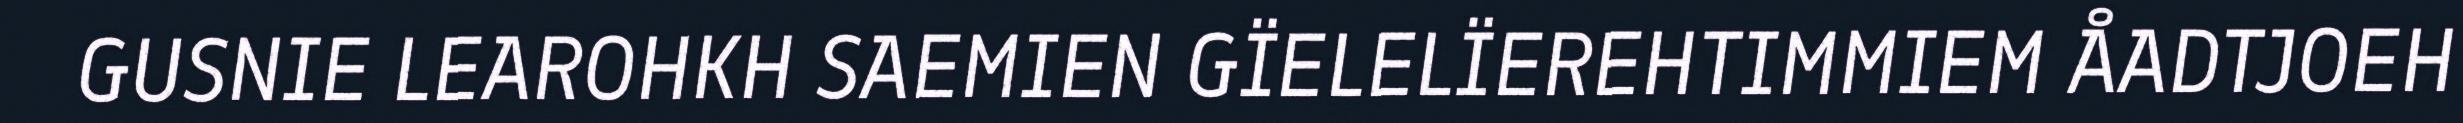
GUSNIE LEAROHKH SAEMIEN GÏELELÏEREHTIMMIEM ÅADTJOEH